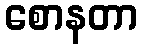
စောနတာ